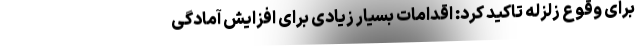
برای وقوع زلزله تاکید کرد: اقدامات بسیار زیادی برای افزایش آمادگی